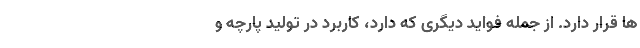
ها قرار دارد. از جمله فواید دیگری که دارد، کاربرد در تولید پارچه و